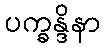
ပက္ခန္ဒိနာ